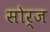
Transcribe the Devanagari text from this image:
सोर्ज